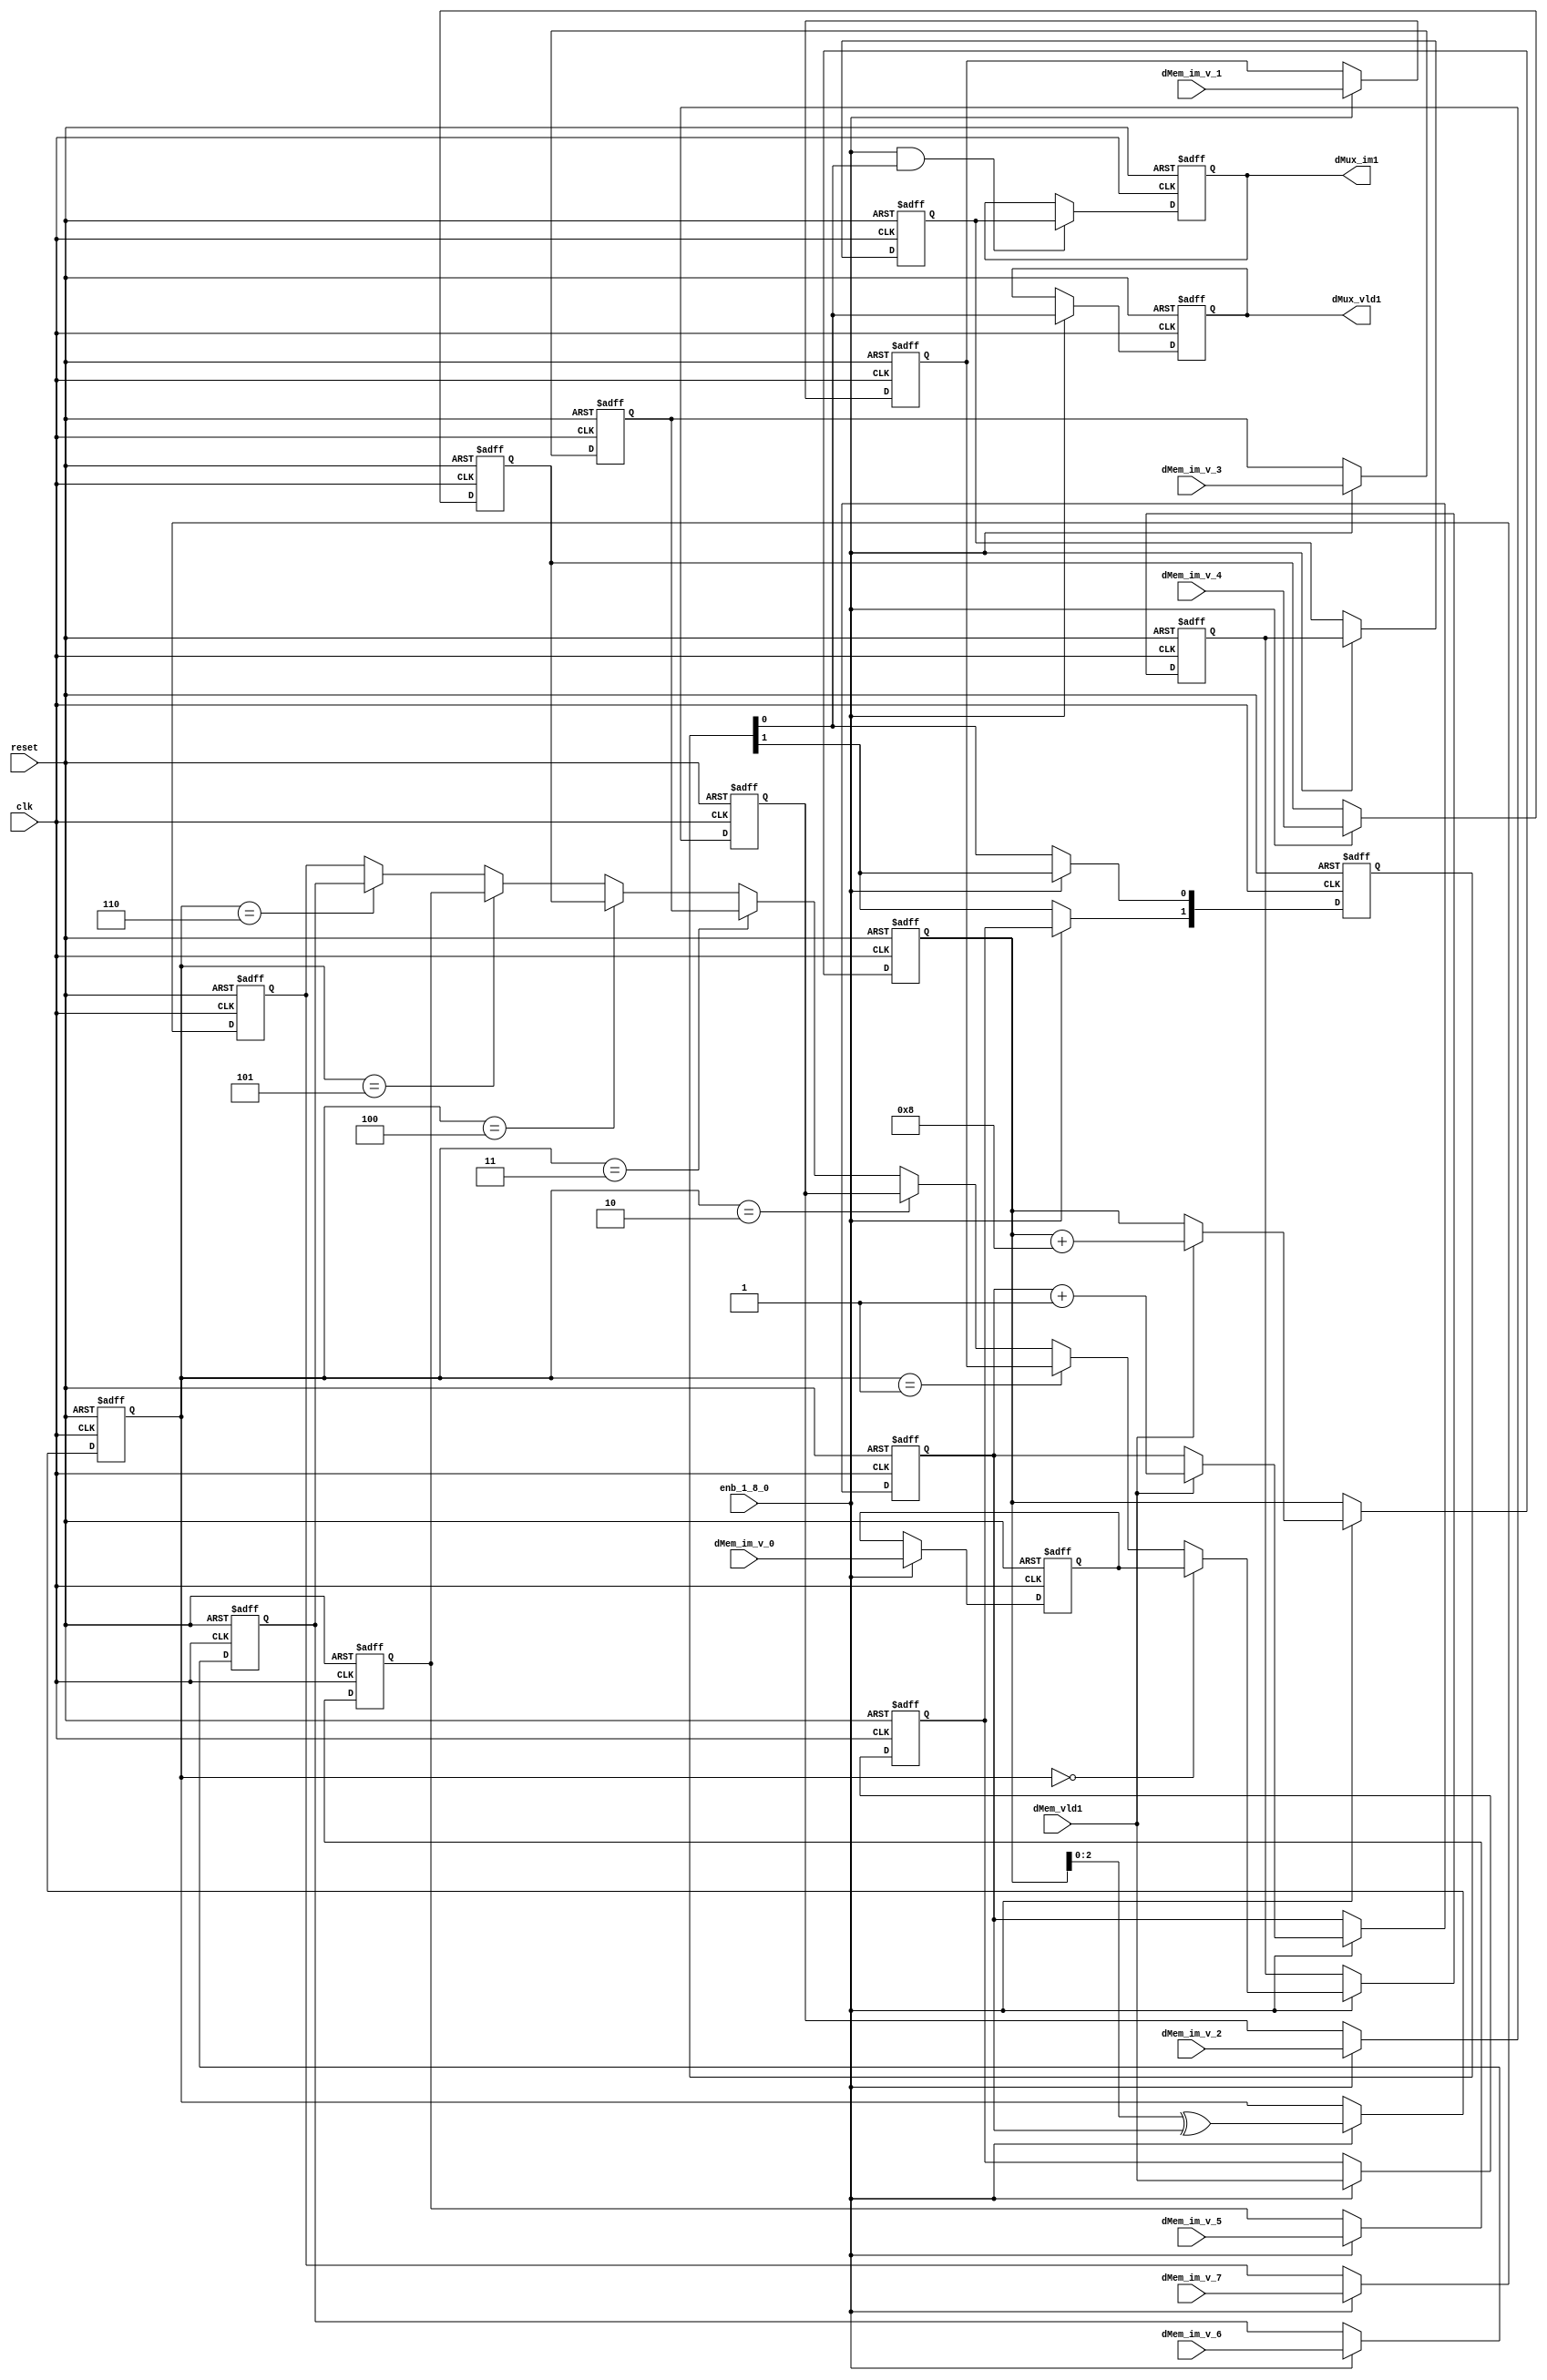
// -------------------------------------------------------------
// 
// 
// Generated by MATLAB 9.13 and HDL Coder 4.0
// 
// -------------------------------------------------------------


// -------------------------------------------------------------
// 
// Module: RADIX22FFT_bitNaturalMux_1
// Source Path: joe_fft/FFT/RADIX22FFT_bitNaturalMux_1
// Hierarchy Level: 2
// 
// -------------------------------------------------------------

`timescale 1 ns / 1 ns

module RADIX22FFT_bitNaturalMux_1
          (clk,
           reset,
           enb_1_8_0,
           dMem_im_v_0,
           dMem_im_v_1,
           dMem_im_v_2,
           dMem_im_v_3,
           dMem_im_v_4,
           dMem_im_v_5,
           dMem_im_v_6,
           dMem_im_v_7,
           dMem_vld1,
           dMux_im1,
           dMux_vld1);


  input   clk;
  input   reset;
  input   enb_1_8_0;
  input   signed [20:0] dMem_im_v_0;  // sfix21
  input   signed [20:0] dMem_im_v_1;  // sfix21
  input   signed [20:0] dMem_im_v_2;  // sfix21
  input   signed [20:0] dMem_im_v_3;  // sfix21
  input   signed [20:0] dMem_im_v_4;  // sfix21
  input   signed [20:0] dMem_im_v_5;  // sfix21
  input   signed [20:0] dMem_im_v_6;  // sfix21
  input   signed [20:0] dMem_im_v_7;  // sfix21
  input   dMem_vld1;
  output  signed [20:0] dMux_im1;  // sfix21
  output  dMux_vld1;


  reg [3:0] outMuxSel_idx;  // ufix4
  reg [2:0] outMuxSel_MUXSelReg1;  // ufix3
  reg  outMuxSel_MUXSelVldReg1;
  reg  outMuxSel_xorCnt;  // ufix1
  reg [3:0] outMuxSel_idx_next;  // ufix4
  reg [2:0] outMuxSel_MUXSelReg1_next;  // ufix3
  reg  outMuxSel_MUXSelVldReg1_next;
  reg  outMuxSel_xorCnt_next;  // ufix1
  reg [2:0] MUXSel;  // ufix3
  reg  MUXSel_vld;
  reg  [0:1] intdelay_reg;  // ufix1 [2]
  wire [0:1] intdelay_reg_next;  // ufix1 [2]
  wire dMuxSelDly_vld;
  reg signed [20:0] intdelay_reg_1 [0:1];  // sfix21 [2]
  wire signed [20:0] intdelay_reg_next_1 [0:1];  // sfix21 [2]
  reg signed [20:0] dMem_im_reg1;  // sfix21
  reg signed [20:0] dMem_im_reg2;  // sfix21
  reg signed [20:0] dMem_im_reg3;  // sfix21
  reg signed [20:0] dMem_im_reg4;  // sfix21
  reg signed [20:0] dMem_im_reg5;  // sfix21
  reg signed [20:0] dMem_im_reg6;  // sfix21
  reg signed [20:0] dMem_im_reg7;  // sfix21
  reg signed [20:0] dMem_im_reg8;  // sfix21
  wire signed [20:0] dMux_im;  // sfix21
  reg signed [20:0] intdelay_reg_2 [0:1];  // sfix21 [2]
  wire signed [20:0] intdelay_reg_next_2 [0:1];  // sfix21 [2]
  wire signed [20:0] dMuxDly_im;  // sfix21
  reg signed [20:0] dMux_im1_1;  // sfix21
  reg  dMux_vld1_1;
  reg [1:0] outMuxSel_add_temp;  // ufix2
  reg  outMuxSel_t_0_0;  // ufix1
  reg [2:0] outMuxSel_t_1;  // ufix3
  reg [1:0] outMuxSel_t_2_0;  // ufix2


  // outMuxSel
  always @(posedge clk or posedge reset)
    begin : outMuxSel_process
      if (reset == 1'b1) begin
        outMuxSel_MUXSelReg1 <= 3'b000;
        outMuxSel_MUXSelVldReg1 <= 1'b0;
        outMuxSel_idx <= 4'b0000;
        outMuxSel_xorCnt <= 1'b0;
      end
      else begin
        if (enb_1_8_0) begin
          outMuxSel_idx <= outMuxSel_idx_next;
          outMuxSel_MUXSelReg1 <= outMuxSel_MUXSelReg1_next;
          outMuxSel_MUXSelVldReg1 <= outMuxSel_MUXSelVldReg1_next;
          outMuxSel_xorCnt <= outMuxSel_xorCnt_next;
        end
      end
    end

  always @(dMem_vld1, outMuxSel_MUXSelReg1, outMuxSel_MUXSelVldReg1, outMuxSel_idx,
       outMuxSel_xorCnt) begin
    outMuxSel_add_temp = 2'b00;
    outMuxSel_t_2_0 = 2'b00;
    outMuxSel_idx_next = outMuxSel_idx;
    outMuxSel_xorCnt_next = outMuxSel_xorCnt;
    outMuxSel_t_0_0 = outMuxSel_xorCnt;
    outMuxSel_t_1 = {2'b0, outMuxSel_t_0_0};
    outMuxSel_MUXSelReg1_next = outMuxSel_idx[2:0] ^ outMuxSel_t_1;
    outMuxSel_MUXSelVldReg1_next = dMem_vld1;
    if (dMem_vld1) begin
      outMuxSel_idx_next = outMuxSel_idx + 4'b1000;
      outMuxSel_t_2_0 = {1'b0, outMuxSel_xorCnt};
      outMuxSel_add_temp = outMuxSel_t_2_0 + 2'b01;
      outMuxSel_xorCnt_next = outMuxSel_add_temp[0];
    end
    MUXSel = outMuxSel_MUXSelReg1;
    MUXSel_vld = outMuxSel_MUXSelVldReg1;
  end



  always @(posedge clk or posedge reset)
    begin : intdelay_process
      if (reset == 1'b1) begin
        intdelay_reg[0] <= 1'b0;
        intdelay_reg[1] <= 1'b0;
      end
      else begin
        if (enb_1_8_0) begin
          intdelay_reg[0] <= intdelay_reg_next[0];
          intdelay_reg[1] <= intdelay_reg_next[1];
        end
      end
    end

  assign dMuxSelDly_vld = intdelay_reg[1];
  assign intdelay_reg_next[0] = MUXSel_vld;
  assign intdelay_reg_next[1] = intdelay_reg[0];



  always @(posedge clk or posedge reset)
    begin : intdelay_11_process
      if (reset == 1'b1) begin
        dMem_im_reg1 <= 21'sb000000000000000000000;
      end
      else begin
        if (enb_1_8_0) begin
          dMem_im_reg1 <= dMem_im_v_0;
        end
      end
    end



  always @(posedge clk or posedge reset)
    begin : intdelay_12_process
      if (reset == 1'b1) begin
        dMem_im_reg2 <= 21'sb000000000000000000000;
      end
      else begin
        if (enb_1_8_0) begin
          dMem_im_reg2 <= dMem_im_v_1;
        end
      end
    end



  always @(posedge clk or posedge reset)
    begin : intdelay_13_process
      if (reset == 1'b1) begin
        dMem_im_reg3 <= 21'sb000000000000000000000;
      end
      else begin
        if (enb_1_8_0) begin
          dMem_im_reg3 <= dMem_im_v_2;
        end
      end
    end



  always @(posedge clk or posedge reset)
    begin : intdelay_14_process
      if (reset == 1'b1) begin
        dMem_im_reg4 <= 21'sb000000000000000000000;
      end
      else begin
        if (enb_1_8_0) begin
          dMem_im_reg4 <= dMem_im_v_3;
        end
      end
    end



  always @(posedge clk or posedge reset)
    begin : intdelay_15_process
      if (reset == 1'b1) begin
        dMem_im_reg5 <= 21'sb000000000000000000000;
      end
      else begin
        if (enb_1_8_0) begin
          dMem_im_reg5 <= dMem_im_v_4;
        end
      end
    end



  always @(posedge clk or posedge reset)
    begin : intdelay_16_process
      if (reset == 1'b1) begin
        dMem_im_reg6 <= 21'sb000000000000000000000;
      end
      else begin
        if (enb_1_8_0) begin
          dMem_im_reg6 <= dMem_im_v_5;
        end
      end
    end



  always @(posedge clk or posedge reset)
    begin : intdelay_17_process
      if (reset == 1'b1) begin
        dMem_im_reg7 <= 21'sb000000000000000000000;
      end
      else begin
        if (enb_1_8_0) begin
          dMem_im_reg7 <= dMem_im_v_6;
        end
      end
    end



  always @(posedge clk or posedge reset)
    begin : intdelay_18_process
      if (reset == 1'b1) begin
        dMem_im_reg8 <= 21'sb000000000000000000000;
      end
      else begin
        if (enb_1_8_0) begin
          dMem_im_reg8 <= dMem_im_v_7;
        end
      end
    end



  assign dMux_im = (MUXSel == 3'b000 ? dMem_im_reg1 :
              (MUXSel == 3'b001 ? dMem_im_reg2 :
              (MUXSel == 3'b010 ? dMem_im_reg3 :
              (MUXSel == 3'b011 ? dMem_im_reg4 :
              (MUXSel == 3'b100 ? dMem_im_reg5 :
              (MUXSel == 3'b101 ? dMem_im_reg6 :
              (MUXSel == 3'b110 ? dMem_im_reg7 :
              dMem_im_reg8)))))));



  always @(posedge clk or posedge reset)
    begin : intdelay_19_process
      if (reset == 1'b1) begin
        intdelay_reg_2[0] <= 21'sb000000000000000000000;
        intdelay_reg_2[1] <= 21'sb000000000000000000000;
      end
      else begin
        if (enb_1_8_0) begin
          intdelay_reg_2[0] <= intdelay_reg_next_2[0];
          intdelay_reg_2[1] <= intdelay_reg_next_2[1];
        end
      end
    end

  assign dMuxDly_im = intdelay_reg_2[1];
  assign intdelay_reg_next_2[0] = dMux_im;
  assign intdelay_reg_next_2[1] = intdelay_reg_2[0];



  always @(posedge clk or posedge reset)
    begin : intdelay_20_process
      if (reset == 1'b1) begin
        dMux_im1_1 <= 21'sb000000000000000000000;
      end
      else begin
        if (enb_1_8_0 && dMuxSelDly_vld) begin
          dMux_im1_1 <= dMuxDly_im;
        end
      end
    end



  always @(posedge clk or posedge reset)
    begin : intdelay_21_process
      if (reset == 1'b1) begin
        dMux_vld1_1 <= 1'b0;
      end
      else begin
        if (enb_1_8_0) begin
          dMux_vld1_1 <= dMuxSelDly_vld;
        end
      end
    end



  assign dMux_im1 = dMux_im1_1;

  assign dMux_vld1 = dMux_vld1_1;

endmodule  // RADIX22FFT_bitNaturalMux_1